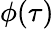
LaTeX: \phi(\tau)